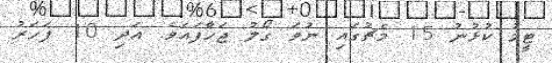
ޓީމު ކުޅުނު 15 މެޗުގައި ނުވަ ގޯލު ޖަހާފައެވެ. އަދި 10 ފަހަރު